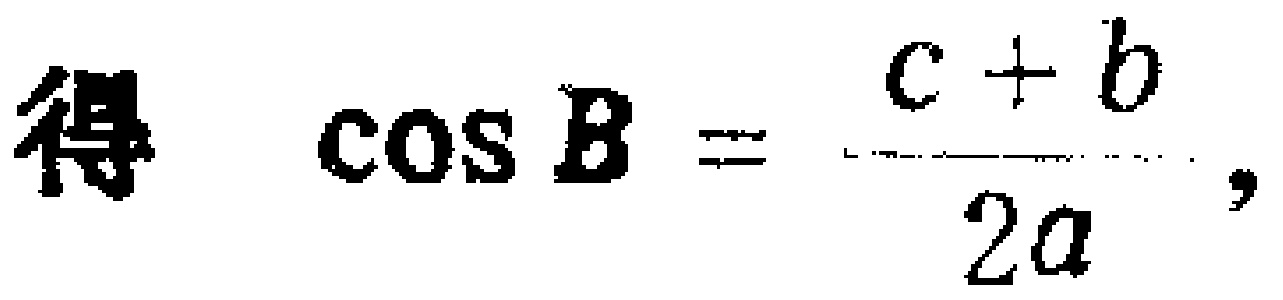
得 \(\cos B = \frac{c + b}{2a},\)